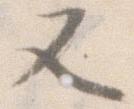
又